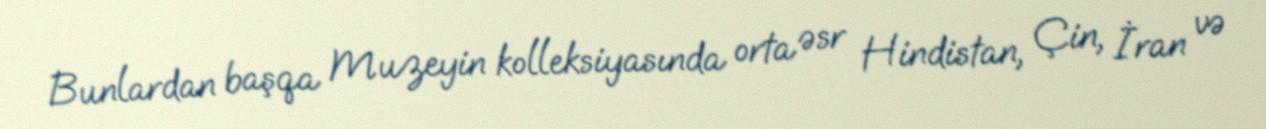
Bunlardan başqa Muzeyin kolleksiyasında orta əsr Hindistan, Çin, İran və